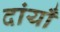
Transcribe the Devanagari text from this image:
दांयाँ